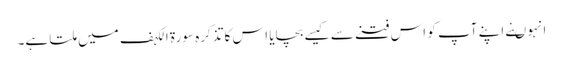
انہو ںنے اپنے آپ کو اس فتنے سے کیسے بچایا اس کا تذکرہ سورة الکہف میں ملتا ہے۔